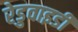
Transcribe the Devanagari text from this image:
रेडुवाइडी